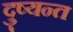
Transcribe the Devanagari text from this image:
दु्ष्यन्त